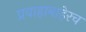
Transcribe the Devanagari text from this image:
प्रवाहाबाहेरच